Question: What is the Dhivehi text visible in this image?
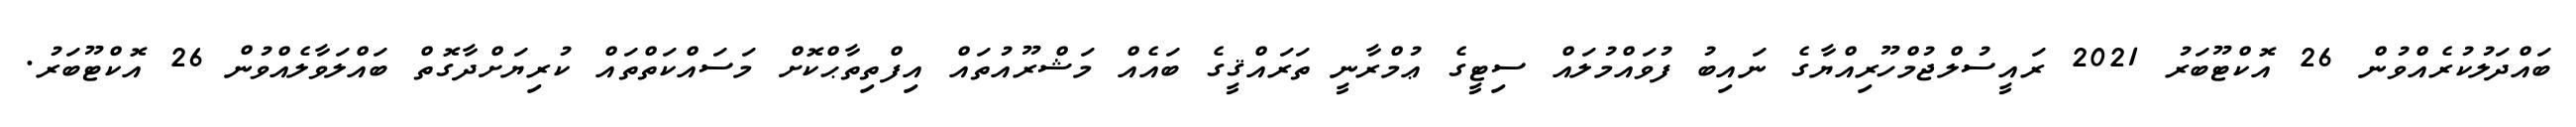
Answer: ބައްދަލުކުރެއްވުން 26 އޮކްޓޫބަރު 2021 ރައީސުލްޖުމްހޫރިއްޔާގެ ނައިބު ފުވައްމުލައް ސިޓީގެ ޢުމްރާނީ ތަރައްޤީގެ ބައެއް މަޝްރޫއުތައް އިފްތިތާޙްކޮށް މަސައްކަތްތައް ކުރިޔަށްދާގޮތް ބައްލަވާލެއްވުން 26 އޮކްޓޫބަރު.